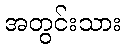
အတွင်းသား